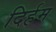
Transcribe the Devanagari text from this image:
दिर्हम